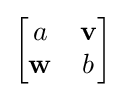
{\begin{bmatrix}a&\mathbf {v} \\\mathbf {w} &b\end{bmatrix}}